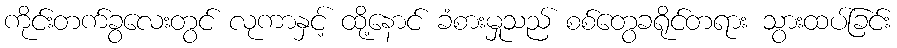
ကိုင်းတက်ခွလေးတွင် လုကာနှင့် ထို့နောင် ခံစားမှုသည် စစ်တွေခရိုင်တရား သွားထပ်ခြင်း